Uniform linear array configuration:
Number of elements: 48
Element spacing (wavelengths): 0.5
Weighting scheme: kaiser
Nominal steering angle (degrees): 60
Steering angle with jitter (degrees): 60.606
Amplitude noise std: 0.05
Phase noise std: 0.05

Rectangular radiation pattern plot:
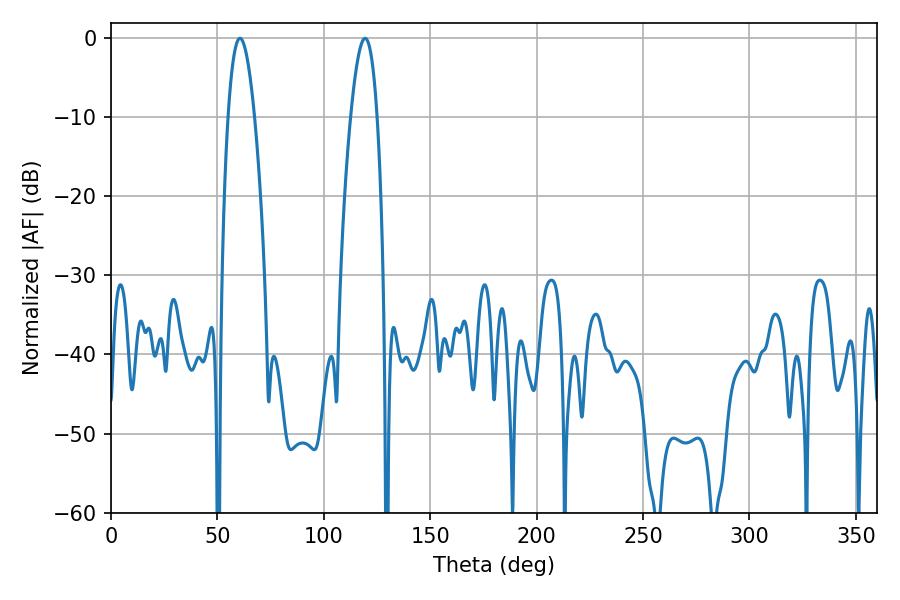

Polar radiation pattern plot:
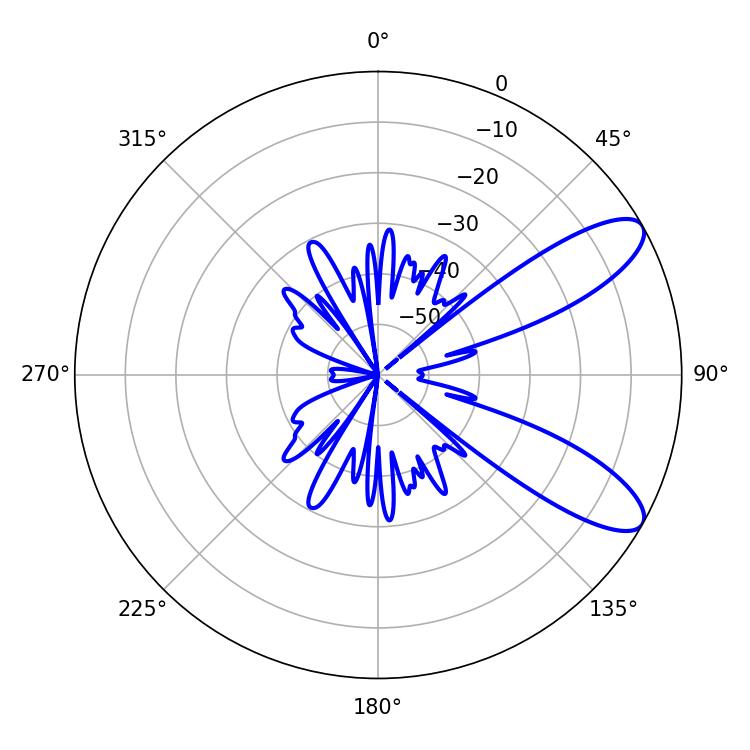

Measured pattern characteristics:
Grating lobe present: FALSE
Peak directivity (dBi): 9.503
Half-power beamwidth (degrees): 6.84
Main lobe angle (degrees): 60.66